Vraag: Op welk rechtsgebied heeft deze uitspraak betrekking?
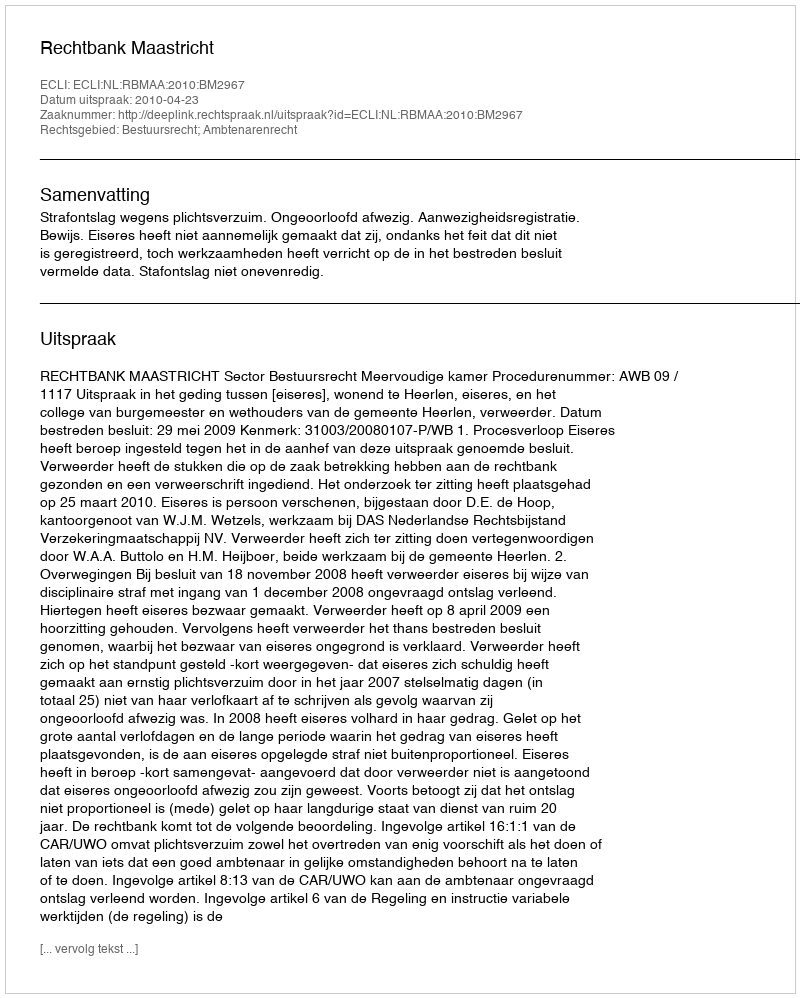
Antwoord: Bestuursrecht; Ambtenarenrecht